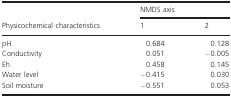
<table><thead><tr><td rowspan="2"><b>Physicochemical characteristics</b></td><td colspan="2"><b>NMDS axis</b></td></tr><tr><td><b>1</b></td><td><b>2</b></td></tr></thead><tbody><tr><td>pH</td><td>0.684</td><td>0.128</td></tr><tr><td>Conductivity</td><td>0.051</td><td>−0.005</td></tr><tr><td>Eh</td><td>0.458</td><td>0.145</td></tr><tr><td>Water level</td><td>−0.415</td><td>0.030</td></tr><tr><td>Soil moisture</td><td>−0.551</td><td>0.053</td></tr></tbody></table>